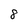
Character: 8